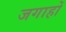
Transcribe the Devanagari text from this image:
जगाहों